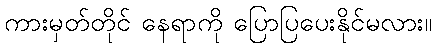
ကားမှတ်တိုင် နေရာကို ပြောပြပေးနိုင်မလား။